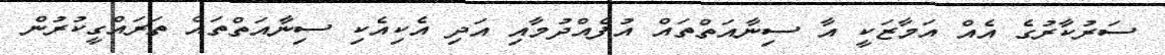
ސަރުކާރުގެ އެއް އަމާޒަކީ އާ ސިނާއަތްތައް އުފެއްދުމާއި އަދި އެކިއެކި ސިނާއަތްތައް ތަރައްގީކުރުން